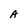
Character: A